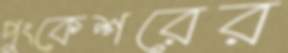
পুংকেশরের